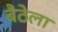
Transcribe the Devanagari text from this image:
बैठेला